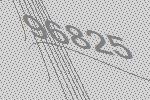
96825